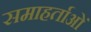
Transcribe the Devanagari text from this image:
समाहर्ताओं